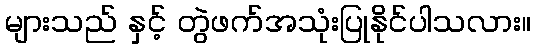
များသည် နှင့် တွဲဖက်အသုံးပြုနိုင်ပါသလား။